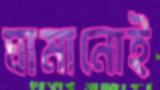
ঘামানোই